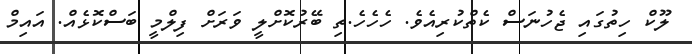
ލޫކް ހިތުގައި ޖެހުނަސް ކެތްކުރިއެވެ. ހެހެހެ.ތި ބޭރުކޮށްލީ ވަރަށް ފިލްމީ ބަސްކޮޅެއް. އައިމް